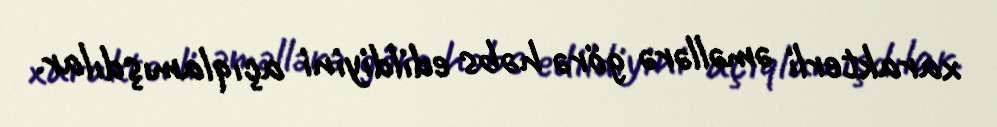
xarakterli əməllərə görə həbs edildiyini açıqlamışdılar.